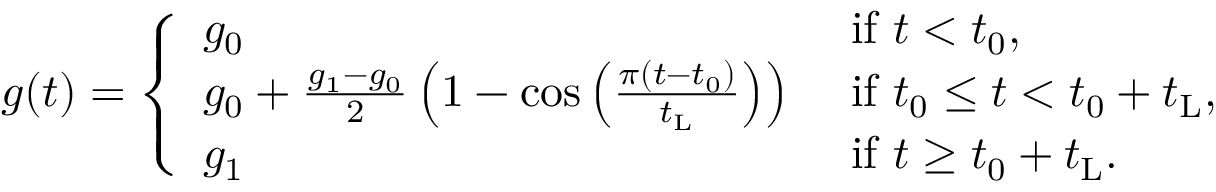
g ( t ) = \left\{ \begin{array} { l l } { g _ { \mathrm { 0 } } } & { \mathrm { ~ i f ~ } t < t _ { \mathrm { 0 } } , } \\ { g _ { \mathrm { 0 } } + \frac { g _ { \mathrm { 1 } } - g _ { \mathrm { 0 } } } { 2 } \left( 1 - \cos \left( \frac { \pi ( t - t _ { \mathrm { 0 } } ) } { t _ { \mathrm { L } } } \right) \right) } & { \mathrm { ~ i f ~ } t _ { \mathrm { 0 } } \leq t < t _ { \mathrm { 0 } } + t _ { \mathrm { L } } , } \\ { g _ { \mathrm { 1 } } } & { \mathrm { ~ i f ~ } t \geq t _ { \mathrm { 0 } } + t _ { \mathrm { L } } . } \end{array} \right.